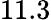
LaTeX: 11.3